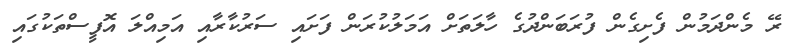
ރޭ މެންދަމުން ފެށިގެން ފުރަބަންދުގެ ހާލަތަށް އަމަލުކުރަން ފަށައި ސަރުކާރާއި އަމިއްލަ އޮފީސްތަކުގައި